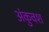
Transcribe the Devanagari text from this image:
अंकुवश